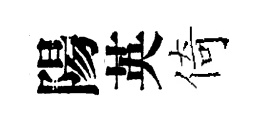
陽英倚